Report of the Indian Hemp Drugs Commission, 1894-1895 - Volume IV
Year: 1894
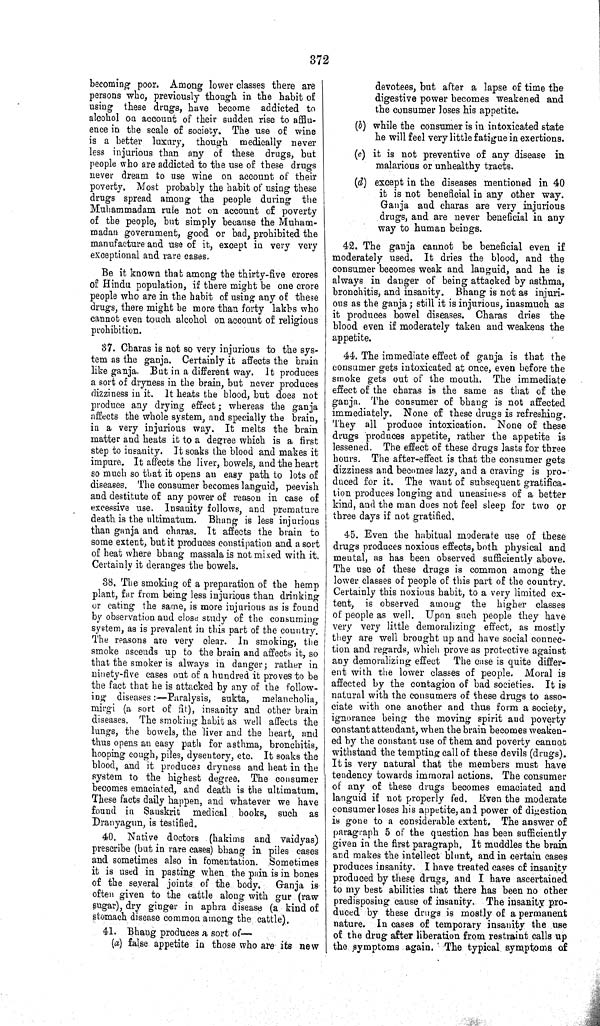
372
becoming poor. Among lower classes there are
persons who, previously though in the habit of
using these drugs, have become addicted to
alcohol on account of their sudden rise to afflu-
ence in the scale of society. The use of wine
is a better luxury, though medically never
less injurious than any of these drugs, but
people who are addicted to the use of these drugs
never dream to use wine on account of their
poverty. Most probably the habit of using these
drugs spread among the people during the
Muhammadam rule not on account of poverty
of the people, but simply because the Muham-
madan government, good or bad, prohibited the
manufacture and use of it, except in very very
exceptional and rare cases.
Be it known that among the thirty-five crores
of Hindu population, if there might be one crore
people who are in the habit of using any of these
drugs, there might be more than forty lakhs who
cannot even touch alcohol on account of religious
prohibition.
37. Charas is not so very injurious to the sys-
tem as the ganja. Certainly it affects the brain
like ganja. But in a different way. It produces
a sort of dryness in the brain, but never produces
dizziness in it. It heats the blood, but does not
produce any drying effect; whereas the ganja
affects the whole system, and specially the brain,
in a very injurious way. It melts the brain
matter and heats it to a degree which is a first
step to insanity. It soaks the blood and makes it
impure. It affects the liver, bowels, and the heart
so much so that it opens an easy path to lots of
diseases. The consumer becomes languid, peevish
and destitute of any power of reason in case of
excessive use. Insanity follows, and premature
death is the ultimatum. Bhang is less injurious
than ganja and charas. It affects the brain to
some extent, but it produces constipation and a sort
of heat where bhang massala is not mixed with it.
Certainly it deranges the bowels.
38. The smoking of a preparation of the hemp
plant, far from being less injurious than drinking
or eating the same, is more injurious as is found
by observation and close study of the consuming
system, as is prevalent in this part of the country.
The reasons are very clear. In smoking, the
smoke ascends up to the brain and affects it, so
that the smoker is always in danger; rather in
ninety-five cases out of a hundred it proves to be
the fact that he is attacked by any of the follow-
ing diseases:—Paralysis, sukta, melancholia,
mirgi (a sort of fit), insanity and other brain
diseases. The smoking habit as well affects the
lungs, the bowels, the liver and the heart, and
thus opens an easy path for asthma, bronchitis,
hooping cough, piles, dysentery, etc. It soaks the
blood, and it produces dryness and heat in the
system to the highest degree. The consumer
becomes emaciated, and death is the ultimatum.
These facts daily happen, and whatever we have
found in Sanskrit medical books, such as
Dranyagun, is testified.
40. Native doctors (hakims and vaidyas)
prescribe (but in rare cases) bhang in piles cases
and sometimes also in fomentation. Sometimes
it is used in pasting when the pain is in bones
of the several joints of the body.
Ganja is
often given to the cattle along with gur (raw
sugar), dry ginger in aphra disease (a kind of
stomach disease common among the cattle).
41. Bhang produces a sort of—
(a) false appetite in those who are its new
devotees, but after a lapse of time the
digestive power becomes weakened and
the consumer loses his appetite.
(b) while the consumer is in intoxicated state
he will feel very little fatigue in exertions.
(c) it is not preventive of any disease in
malarious or unhealthy tracts.
(d) except in the diseases mentioned in 40
it is not beneficial in any other way.
Ganja and charas are very injurious
drugs, and are never beneficial in any
way to human beings.
42. The ganja cannot be beneficial even if
moderately used. It dries the blood, and the
consumer becomes weak and languid, and he is
always in danger of being attacked by asthma,
bronchitis, and insanity. Bhang is not as injuri-
ous as the ganja; still it is injurious, inasmuch as
it produces bowel diseases. Charas dries the
blood even if moderately taken and weakens the
appetite.
44. The immediate effect of ganja is that the
consumer gets intoxicated at once, even before the
smoke gets out of the mouth. The immediate
effect of the charas is the same as that of the
ganja. The consumer of bhang is not affected
immediately. None of these drugs is refreshing.
They all produce intoxication. None of these
drugs produces appetite, rather the appetite is
lessened. The effect of these drugs lasts for three
hours. The after-effect is that the consumer gets
dizziness and becomes lazy, and a craving is pro-
duced for it. The want of subsequent gratifica-
tion produces longing and uneasiness of a better
kind, and the man does not feel sleep for two or
three days if not gratified.
45. Even the habitual moderate use of these
drugs produces noxious effects, both physical and
mental, as has been observed sufficiently above.
The use of these drugs is common among the
lower classes of people of this part of the country.
Certainly this noxious habit, to a very limited ex-
tent, is observed among the higher classes
of people as well. Upon such people they have
very very little demoralizing effect, as mostly
they are well brought up and have social connec-
tion and regards, which prove as protective against
any demoralizing effect The case is quite differ-
ent with the lower classes of people. Moral is
affected by the contagion of bad societies. It is
natural with the consumers of these drugs to asso-
ciate with one another and thus form a society,
ignorance being the moving spirit and poverty
constant attendant, when the brain becomes weaken-
ed by the constant use of them and poverty cannot
withstand the tempting call of these devils (drugs).
It is very natural that the members must have
tendency towards immoral actions. The consumer
of any of these drugs becomes emaciated and
languid if not properly fed. Even the moderate
consumer loses his appetite, and power of digestion
is gone to a considerable extent. The answer of
paragraph 5 of the question has been sufficiently
given in the first paragraph. It muddles the brain
and makes the intellect blunt, and in certain cases
produces insanity. I have treated cases of insanity
produced by these drugs, and I have ascertained
to my best abilities that there has been no other
predisposing cause of insanity. The insanity pro-
duced by these drugs is mostly of a permanent
nature. In cases of temporary insanity the use
of the drug after liberation from restraint calls up
the symptoms again. The typical symptoms of